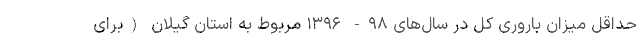
حداقل میزان باروری کل در سال‌های ۹۸- ۱۳۹۶ مربوط به استان گیلان (برای